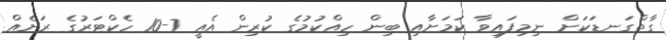
ގާތްގަނޑަކަށް ނިމިފައިވާ ކަމަށާއި ބިން ހިއްކުމުގެ ކުރިން އެއީ 7-10 ހެކްޓަރުގެ ރަށެއް